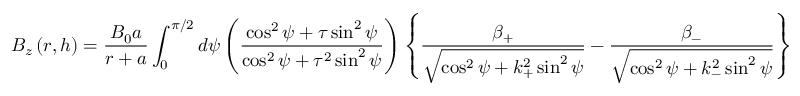
B _ { z } \left( r , h \right) = \frac { B _ { 0 } a } { r + a } \int _ { 0 } ^ { \pi / 2 } d \psi \left( \frac { \cos ^ { 2 } \psi + \tau \sin ^ { 2 } \psi } { \cos ^ { 2 } \psi + \tau ^ { 2 } \sin ^ { 2 } \psi } \right) \left\{ \frac { \beta _ { + } } { \sqrt { \cos ^ { 2 } \psi + k _ { + } ^ { 2 } \sin ^ { 2 } \psi } } - \frac { \beta _ { - } } { \sqrt { \cos ^ { 2 } \psi + k _ { - } ^ { 2 } \sin ^ { 2 } \psi } } \right\}